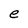
Character: e